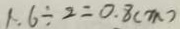
1 . 6 \div 2 = 0 . 8 ( m )